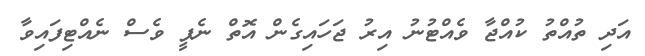
އަދި ތުއްތު ކުއްޖާ ވެއްޓުނު އިރު ޖަހައިގެން އޮތް ނެޕީ ވެސް ނެއްޓިފައިވާ